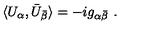
\langle U _ { \alpha } , \bar { U } _ { \bar { \beta } } \rangle = - i g _ { \alpha \bar { \beta } } \ .